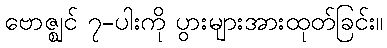
ဗောဇ္ဈင် ၇-ပါးကို ပွားများအားထုတ်ခြင်း။